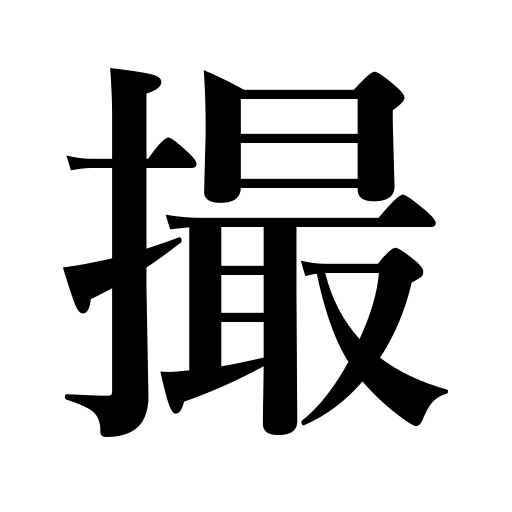
Meanings: take pictures,hold in the fingers,pinch,summarize,pick